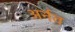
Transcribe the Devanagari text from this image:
अर्नव